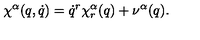
\chi ^ { \alpha } ( q , \dot { q } ) = \dot { q } ^ { r } \chi _ { r } ^ { \alpha } ( q ) + \nu ^ { \alpha } ( q ) .